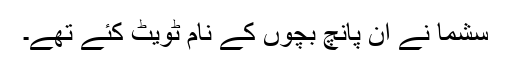
سشما نے ان پانچ بچوں کے نام ٹویٹ کئے تھے۔